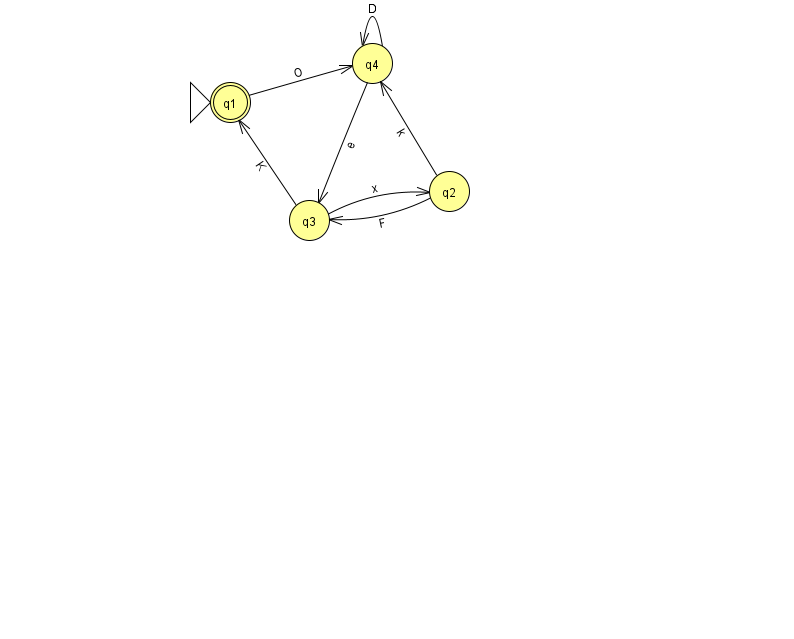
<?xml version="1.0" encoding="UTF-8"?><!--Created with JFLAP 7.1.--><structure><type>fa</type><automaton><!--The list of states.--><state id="1" name="q1"><x>230.0</x><y>89.0</y><initial/><final/></state><state id="2" name="q2"><x>449.0</x><y>178.0</y></state><state id="3" name="q3"><x>309.0</x><y>207.0</y></state><state id="4" name="q4"><x>372.0</x><y>50.0</y></state><!--The list of transitions.--><transition><from>2</from><to>3</to><read>F</read></transition><transition><from>4</from><to>4</to><read>D</read></transition><transition><from>4</from><to>3</to><read>e</read></transition><transition><from>3</from><to>1</to><read>K</read></transition><transition><from>2</from><to>4</to><read>k</read></transition><transition><from>3</from><to>2</to><read>x</read></transition><transition><from>1</from><to>4</to><read>O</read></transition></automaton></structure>